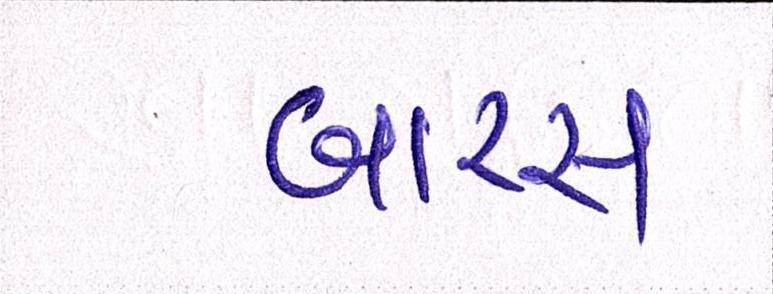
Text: બારસ